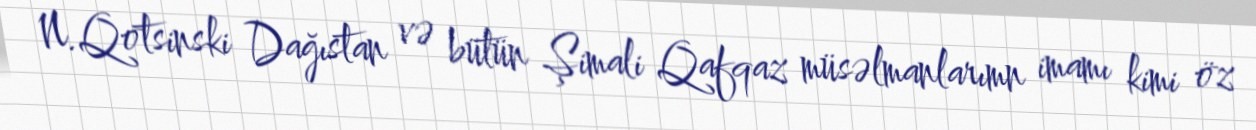
N.Qotsinski Dağıstan və bütün Şimali Qafqaz müsəlmanlarımn imamı kimi öz